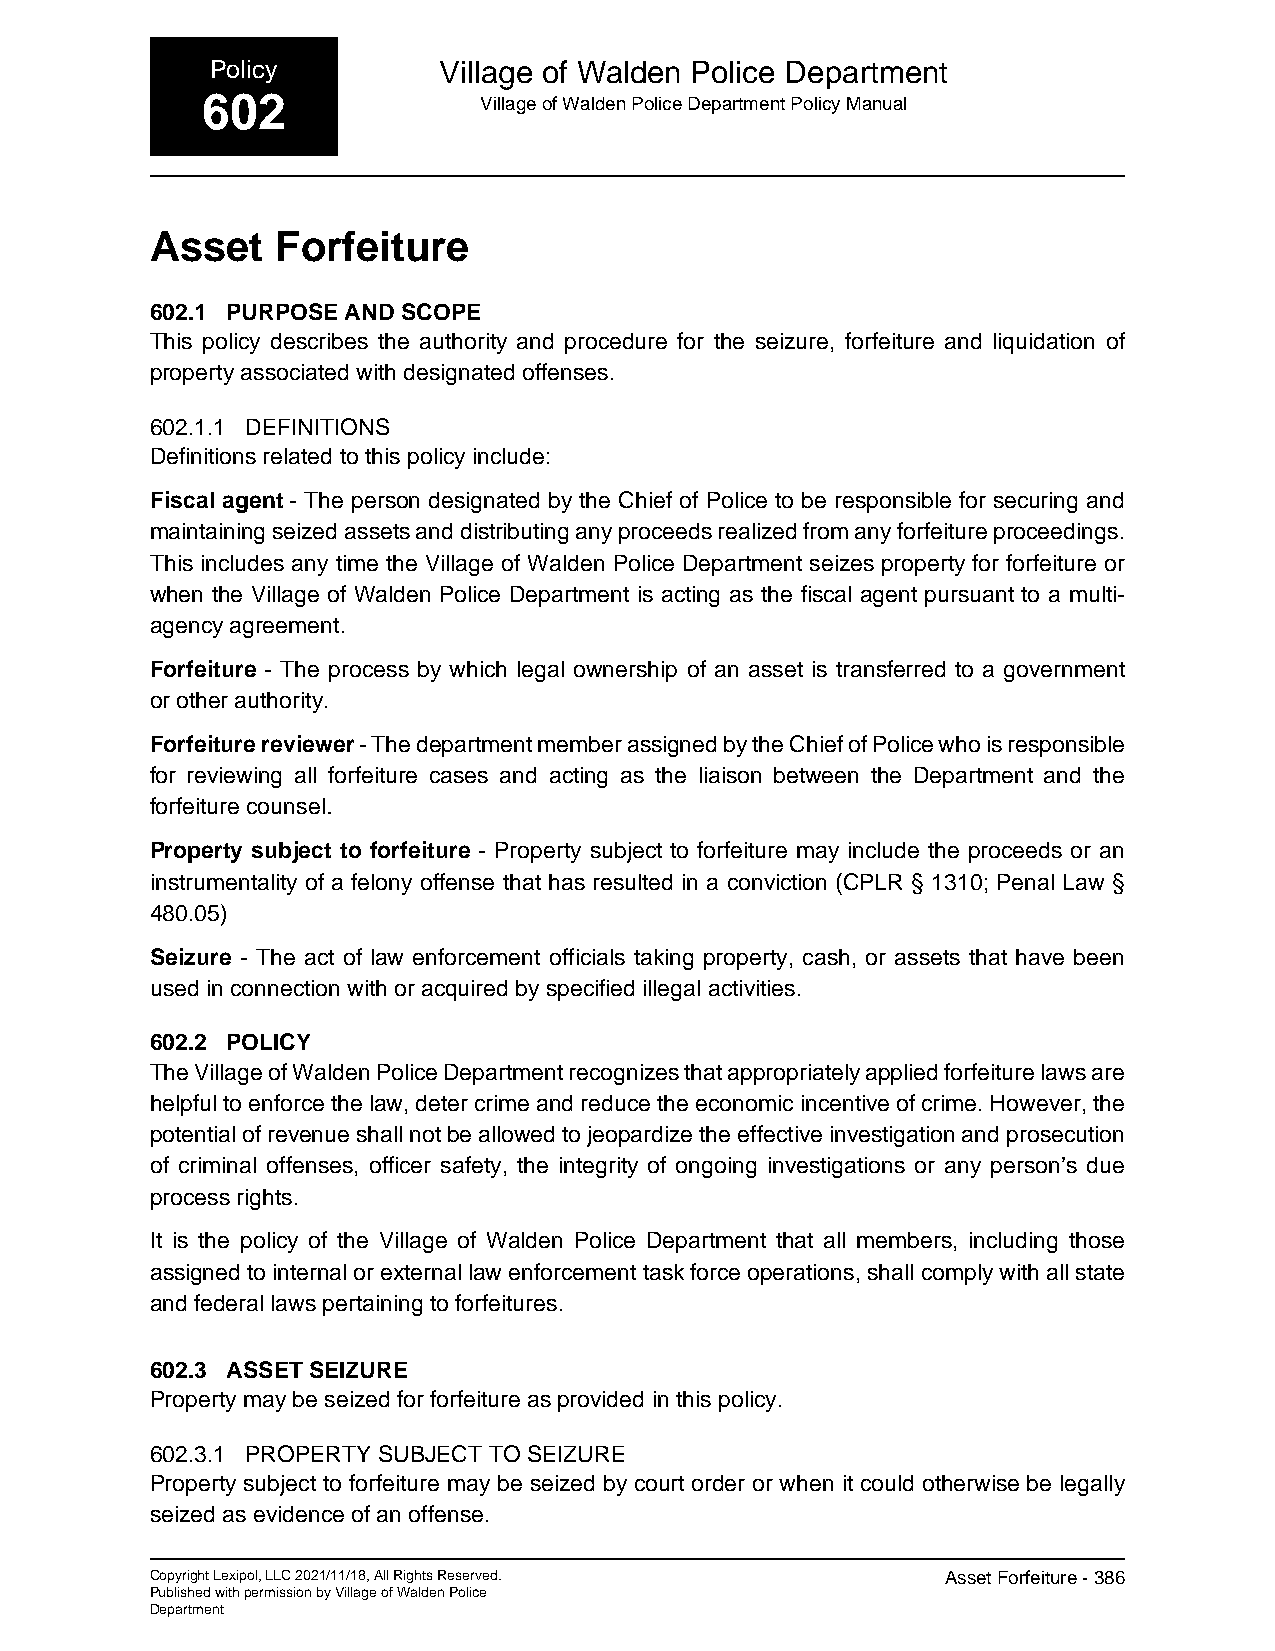
Policy         Village of Walden Police Department
 602                Village of Walden Police Department Policy Manual
 Asset   Forfeiture
 602.1 PURPOSE AND SCOPE
 This policy describes the authority and procedure for the seizure, forfeiture and liquidation of
 property associated with designated offenses.
 602.1.1 DEFINITIONS
 Definitions related to this policy include:
 Fiscal agent - The person designated by the Chief of Police to be responsible for securing and
 maintaining seized assets and distributing any proceeds realized from any forfeiture proceedings.
 This includes any time the Village of Walden Police Department seizes property for forfeiture or
 when the Village of Walden Police Department is acting as the fiscal agent pursuant to a multi-
 agency agreement.
 Forfeiture - The process by which legal ownership of an asset is transferred to a government
 or other authority.
 Forfeiture reviewer - The department member assigned by the Chief of Police who is responsible
 for reviewing all forfeiture cases and acting as the liaison between the Department and the
 forfeiture counsel.
 Property subject to forfeiture - Property subject to forfeiture may include the proceeds or an
 instrumentality of a felony offense that has resulted in a conviction (CPLR § 1310; Penal Law §
 480.05)
 Seizure - The act of law enforcement officials taking property, cash, or assets that have been
 used in connection with or acquired by specified illegal activities.
 602.2 POLICY
 The Village of Walden Police Department recognizes that appropriately applied forfeiture laws are
 helpful to enforce the law, deter crime and reduce the economic incentive of crime. However, the
 potential of revenue shall not be allowed to jeopardize the effective investigation and prosecution
 of criminal offenses, officer safety, the integrity of ongoing investigations or any person’s due
 process rights.
 It is the policy of the Village of Walden Police Department that all members, including those
 assigned to internal or external law enforcement task force operations, shall comply with all state
 and federal laws pertaining to forfeitures.
 602.3 ASSET SEIZURE
 Property may be seized for forfeiture as provided in this policy.
 602.3.1 PROPERTY SUBJECT TO SEIZURE
 Property subject to forfeiture may be seized by court order or when it could otherwise be legally
 seized as evidence of an offense.
 Copyright Lexipol, LLC 2021/11/18, All Rights Reserved. Asset Forfeiture - 386
 Published with permission by Village of Walden Police
 Department